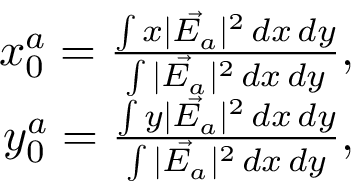
\begin{array} { r } { x _ { 0 } ^ { a } = \frac { \int x | \vec { E _ { a } } | ^ { 2 } \, d x \, d y } { \int | \vec { E _ { a } } | ^ { 2 } \, d x \, d y } , } \\ { y _ { 0 } ^ { a } = \frac { \int y | \vec { E _ { a } } | ^ { 2 } \, d x \, d y } { \int | \vec { E _ { a } } | ^ { 2 } \, d x \, d y } , } \end{array}